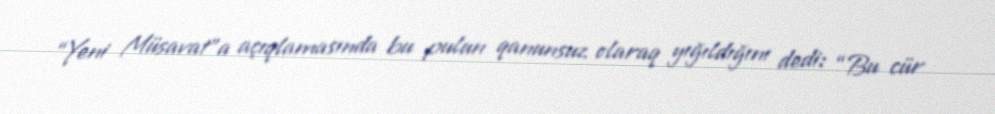
“Yeni Müsavat”a açıqlamasında bu pulun qanunsuz olaraq yığıldığını dedi: “Bu cür